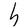
Character: h